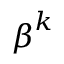
{ \boldsymbol { \beta } } ^ { k }